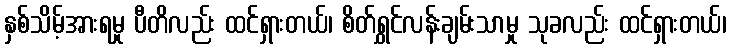
နှစ်သိမ့်အားရမှု ပီတိလည်း ထင်ရှားတယ်၊ စိတ်ရွှင်လန်းချမ်းသာမှု သုခလည်း ထင်ရှားတယ်၊